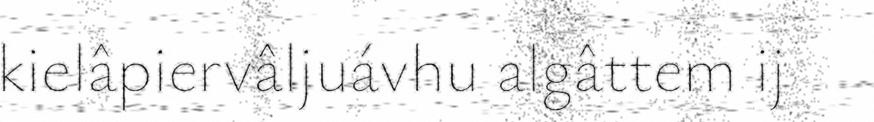
kielâpiervâljuávhu algâttem ij